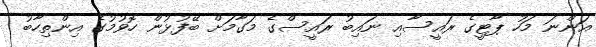
އަންނަ މަހު ޕާޓީގެ ރައީސާއި ނައިބު ރައީސްގެ މަގާމަށް ބޭފުޅުން ހޮވުމުގެ އިންތިހާބު